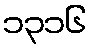
၁၃၁၆